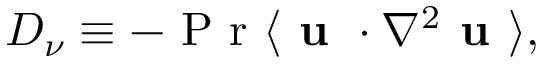
D _ { \nu } \equiv - \mathrm { ~ P ~ r ~ } \langle \textbf { u } \cdot \nabla ^ { 2 } \textbf { u } \rangle ,